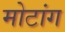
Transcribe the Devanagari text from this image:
मोटांग